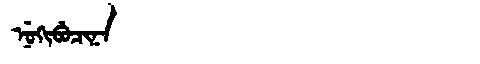
Manchu: ᠨᡠᡴᡳᠪᡠᠴᡳᠨᠠ
Romanization: NUKIBUCINA